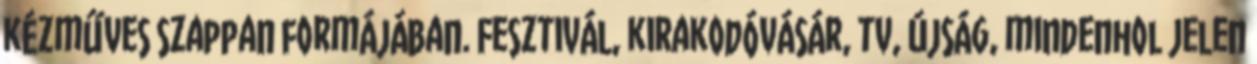
kézműves szappan formájában. Fesztivál, kirakodóvásár, tv, újság, mindenhol jelen